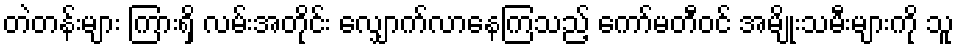
တဲတန်းများ ကြားရှိ လမ်းအတိုင်း လျှောက်လာနေကြသည့် ကော်မတီဝင် အမျိုးသမီးများကို သူ